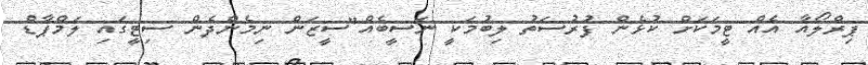
ޕިރްލޯއާ އެއް ޓީމަކަށް ކުޅެން ފުރުސަތު ލިބުމަކީ ނަސީބެއް"ސީޒަން ނިމެންދެން ސިޓީގައި ލަމްޕާޑް